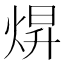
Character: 焺